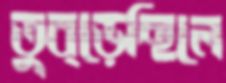
তুব্‌ড়েছিলে